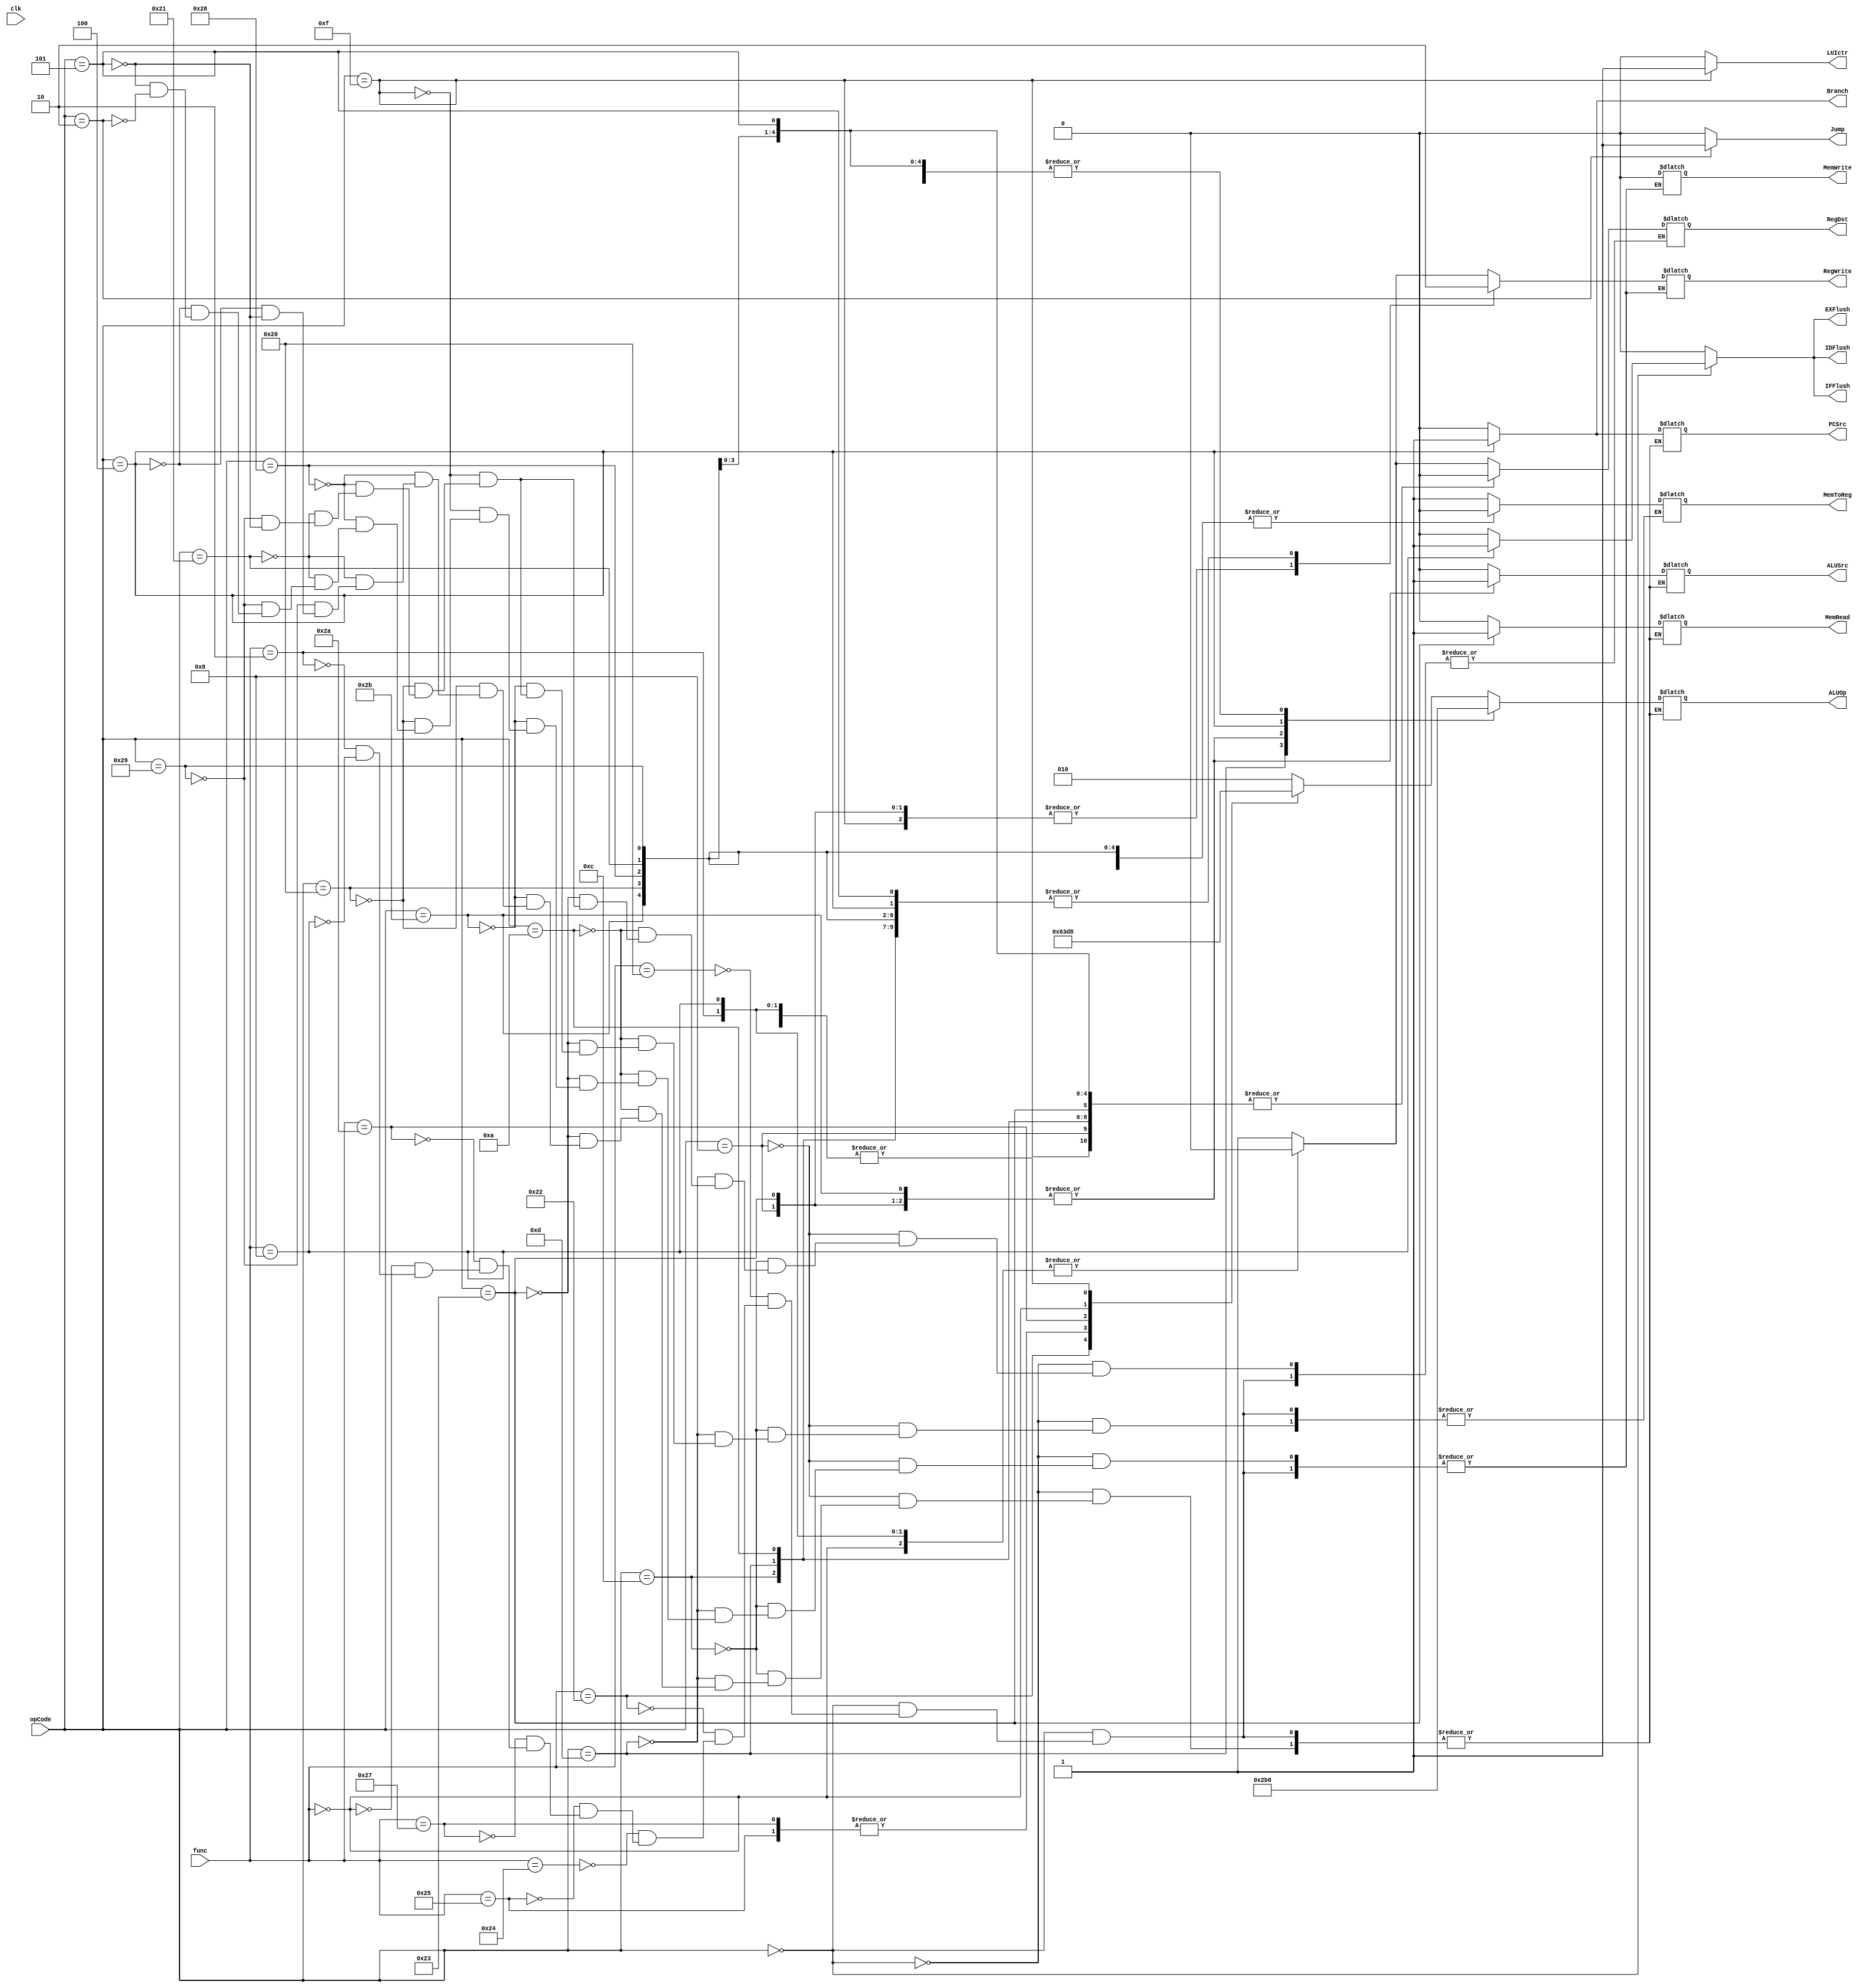
module controlUnit(IDFlush,IFFlush,EXFlush,RegDst,RegWrite,ALUSrc,ALUOp,MemWrite,MemRead,MemToReg,PCSrc,Branch,Jump,LUIctr,clk,opCode,func);
output reg RegDst,RegWrite,ALUSrc,MemWrite,MemRead,MemToReg,PCSrc,Branch =0 ,Jump = 0 ,LUIctr,IDFlush = 0,IFFlush = 0,EXFlush = 0;
output reg [2:0] ALUOp;
input [5:0] opCode , func;
input clk; 
always @(opCode,func)
begin 
Branch = 0;
Jump = 0;
LUIctr = 0;
IDFlush = 0;
IFFlush = 0;
EXFlush = 0;
 case(opCode)
   0 : // R type
     begin
       case(func)
         32: //add
         begin
         RegDst = 1;
         RegWrite = 1;
         ALUSrc = 0;
         ALUOp = 2; 
         MemWrite = 0; 
         MemRead = 0; 
         MemToReg = 1;
         PCSrc = 0;
         end
         34: //sub
         begin
         RegDst = 1;
         RegWrite = 1;
         ALUSrc = 0;
         ALUOp = 6; 
         MemWrite = 0; 
         MemRead = 0; 
         MemToReg = 1;
         PCSrc = 0;
         end
         36: //and
         begin
         RegDst = 1;
         RegWrite = 1 ;
         ALUSrc = 0;
         ALUOp = 0; 
         MemWrite = 0; 
         MemRead = 0; 
         MemToReg = 1;
         PCSrc = 0;
         end
         37: //or
         begin
         RegDst = 1 ;
         RegWrite = 1;
         ALUSrc = 0;
         ALUOp = 1; 
         MemWrite = 0; 
         MemRead = 0; 
         MemToReg = 1;
         PCSrc = 0;
         end
         39: //nor --
         begin
         RegDst = 1;
         RegWrite = 1;
         ALUSrc = 0;
         ALUOp = 1; 
         MemWrite = 0; 
         MemRead = 0; 
         MemToReg = 1;
         PCSrc = 0;
         end
         42: //slt
         begin
         RegDst = 1;
         RegWrite = 1;
         ALUSrc = 0;
         ALUOp = 7; 
         MemWrite = 0; 
         MemRead = 0; 
         MemToReg = 1;
         PCSrc = 0;
         end
         0: //sll --
         begin
         RegDst = 0;
         RegWrite = 0;
         ALUSrc = 0;
         ALUOp = 3; 
         MemWrite = 0; 
         MemRead = 0; 
         MemToReg = 1;
         PCSrc = 0;
         end
         2: //srl --
         begin
         RegDst = 0;
         RegWrite = 0;
         ALUSrc = 0;
         ALUOp = 0; 
         MemWrite = 0; 
         MemRead = 0; 
         MemToReg = 1;
         PCSrc = 0;
         end	
         8: //jr --
         begin
         RegDst = 0;
         RegWrite = 0;
         ALUSrc = 0;
         ALUOp = 0; 
         MemWrite = 0; 
         MemRead = 0; 
         MemToReg = 1;
         PCSrc = 0;
         IDFlush = 1;
         IFFlush = 1;
         EXFlush = 1;
         end
       endcase
     end
   8 : //addi --
   begin
         RegDst = 0;
         RegWrite = 1;
         ALUSrc = 1;
         ALUOp = 2; 
         MemWrite = 0; 
         MemRead = 0; 
         MemToReg = 1;
         PCSrc = 0;
   end
   12 : //andi --
   begin
         RegDst = 0;
         RegWrite = 0;
         ALUSrc = 0;
         ALUOp = 0; 
         MemWrite = 0; 
         MemRead = 0; 
         MemToReg = 1;
         PCSrc = 0;
   end
   13 : //ori --
   begin
         RegDst = 0;
         RegWrite = 0;
         ALUSrc = 0;
         ALUOp = 1; 
         MemWrite = 0; 
         MemRead = 0; 
         MemToReg = 1;
         PCSrc = 0;
   end
   10 : //slti --
   begin
         RegDst = 0;
         RegWrite = 0;
         ALUSrc = 0;
         ALUOp = 0; 
         MemWrite = 0; 
         MemRead = 0; 
         MemToReg = 1;
         PCSrc = 0;
   end
   35 : //lw
   begin
         RegDst = 0;
         RegWrite = 1;
         ALUSrc = 1;
         ALUOp = 2; 
         MemWrite = 0; 
         MemRead = 1; 
         MemToReg = 0;
         PCSrc = 0;
   end
   43 : //sw
   begin
        // RegDst = ;
         RegWrite = 0;
         ALUSrc = 1;
         ALUOp = 2; 
         MemWrite = 0; 
         MemRead = 0; 
         MemToReg = 0;
         PCSrc = 0;
   end
   15 : //lui - lw upi
   begin
         RegDst = 0;
         RegWrite = 1;
        // ALUSrc = ;
       //  ALUOp = ; 
         MemWrite = 0; 
        // MemRead = ; 
         MemToReg = 0;
        // PCSrc = ;
         LUIctr = 1;
   end
   32 : //lb - lw byte --
   begin
         RegDst = 0;
         RegWrite = 0;
         ALUSrc = 0;
         ALUOp = 0; 
         MemWrite = 0; 
         MemRead = 0; 
         MemToReg = 0;
         PCSrc = 0;
   end
   40 : //sb - sw byte --
   begin
         RegDst = 0;
         RegWrite = 0;
         ALUSrc = 0;
         ALUOp = 0; 
         MemWrite = 0; 
         MemRead = 0; 
         MemToReg = 0;
         PCSrc = 0;
   end
   33 : //lh - lw half word --
   begin
         RegDst = 0;
         RegWrite = 0;
         ALUSrc = 0;
         ALUOp = 0; 
         MemWrite = 0; 
         MemRead = 0; 
         MemToReg = 0;
         PCSrc = 0;
   end
   41 : //sh - sw half word --
   begin
         RegDst = 0;
         RegWrite = 0;
         ALUSrc = 0;
         ALUOp = 0; 
         MemWrite = 0; 
         MemRead = 0; 
         MemToReg = 0;
         PCSrc = 0;
   end
   4 : //beq
   begin
        // RegDst = ;
         RegWrite = 0;
         ALUSrc = 0;
         ALUOp = 6; 
         MemWrite = 0; 
         MemRead = 0; 
        // MemToReg = ;
         PCSrc = 1;
         Branch = 1;
        // IDFlush = 1;
       //  IFFlush = 1;
       //  EXFlush = 1;
   end
   5 : //bnq --
   begin
         RegDst = 0;
         RegWrite = 0;
         ALUSrc = 0;
         ALUOp = 0; 
         MemWrite = 0; 
         MemRead = 0; 
         MemToReg = 1;
         PCSrc = 0;
       //  IDFlush = 1;
       //  IFFlush = 1;
       //  EXFlush = 1;
   end
   2 : //j
   begin
       //  RegDst = ;
         RegWrite = 0;
       //  ALUSrc = ;
       //  ALUOp = ; 
         MemWrite = 0; 
       //  MemRead = ; 
       //  MemToReg = ;
       //  PCSrc = ;
         Jump = 1;
       //  IDFlush = 1;
       //  IFFlush = 1;
      //   EXFlush = 1;
   end
 endcase
end

endmodule
/*module tb();
      wire RegDst ;
      wire RegWrite ;
      wire  ALUSrc ;
      wire  [2:0] ALUOp ; 
      wire   MemWrite ; 
      wire   MemRead ; 
      wire   MemToReg ;
      wire   PCSrc ;
wire Branch;
wire Jump ;
wire LUIctr ;
reg clk;
reg [5:0]opCode;
reg [5:0]func ;
initial 
begin 
$monitor("regDst = %d , regWrite = %d , AluSrc = %d , AluOp = %d ",RegDst,RegWrite,ALUSrc,ALUOp);
 func = 32;
 opCode = 0;
clk = 0;
#5
clk = ~ clk ;
end
controlUnit s1(RegDst,RegWrite,ALUSrc,ALUOp,MemWrite,MemRead,MemToReg,PCSrc,Branch,Jump,LUIctr,clk,opCode,func);
endmodule */